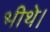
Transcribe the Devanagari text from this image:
भीथे।